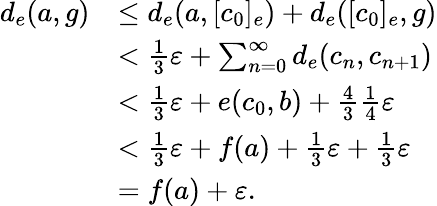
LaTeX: \begin{array}{rl}{d_{e}(a,g)}&{\leq d_{e}(a,[c_{0}]_{e})+d_{e}([c_{0}]_{e},g)}\\ &{<\frac{1}{3}\varepsilon+\sum_{n=0}^{\infty}d_{e}(c_{n},c_{n+1})}\\ &{<\frac{1}{3}\varepsilon+e(c_{0},b)+\frac{4}{3}\frac{1}{4}\varepsilon}\\ &{<\frac{1}{3}\varepsilon+f(a)+\frac{1}{3}\varepsilon+\frac{1}{3}\varepsilon}\\ &{=f(a)+\varepsilon.}\end{array}